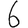
Digit: 6